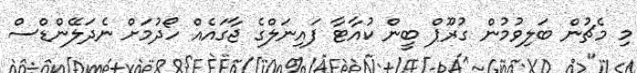
މި މެޗުން ބަލިވުމުން ގުރޫޕް ބީން ކުއާޓާ ފައިނަލްގެ ޖާގައެއް ހޯދުމަށް ނެދަލޭންޑްސް